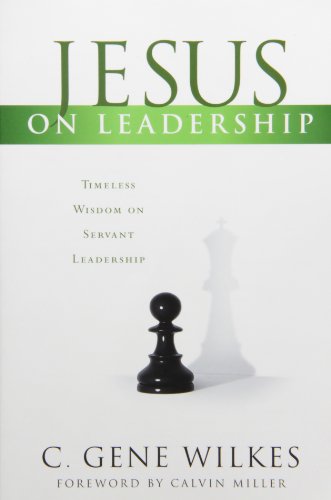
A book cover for Jesus on Leadership; C. Gene Wilkes; Christian Books & Bibles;